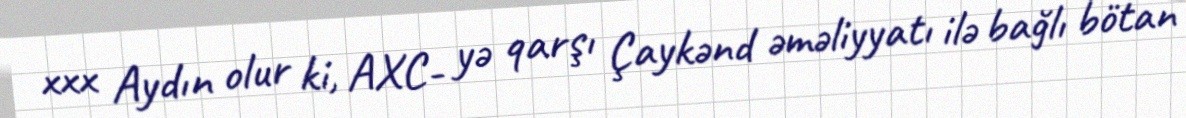
xxx Aydın olur ki, AXC- yə qarşı Çaykənd əməliyyatı ilə bağlı bötan